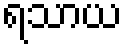
ရသာယ